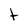
Character: t